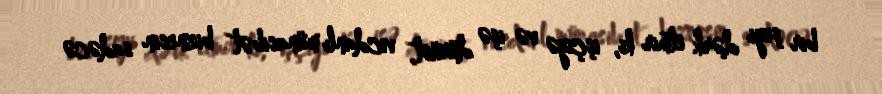
bir şeyi dərk etmir ki, işçiyə və işə dürüst, vicdanlı münasibət biznesin sadəcə